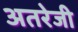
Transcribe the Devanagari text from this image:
अतरेजी